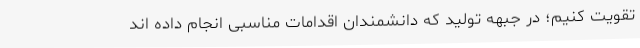
تقویت کنیم؛ در جبهه تولید که دانشمندان اقدامات مناسبی انجام داده اند